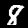
Label: 8